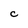
Character: C